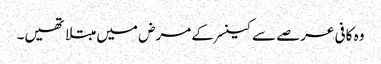
وہ کافی عرصے سے کینسر کے مرض میں مبتلا تھیں۔